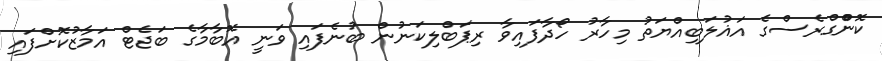
ކޮންްގްރެސްގެ އަޣުލަބިއްޔަތު މިހާރު ހޯދާފައިވާ ރިޕަބްލިކަނުން ބުނެފައި ވަނީ އޮބާމާގެ ބަޖެޓް އަމާޒުކޮށްފައި